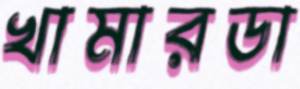
খামারডা